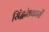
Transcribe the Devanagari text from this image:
सिंद्धांतकारों